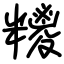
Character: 糭